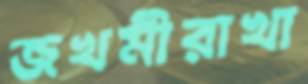
জখমীরাখা